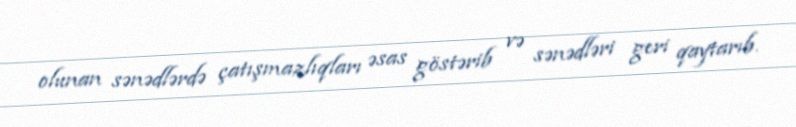
olunan sənədlərdə çatışmazlıqları əsas göstərib və sənədləri geri qaytarıb.